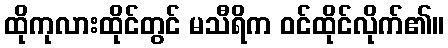
ထိုကုလားထိုင်တွင် မသီရိက ဝင်ထိုင်လိုက်၏။